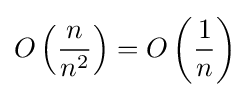
O\left({\frac {n}{n^{2}}}\right)=O\left({\frac {1}{n}}\right)